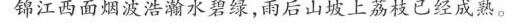
锦江西面烟波浩瀚水碧绿，雨后山坡上荔枝已经成熟。